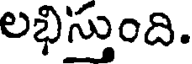
లభిస్తుంది.